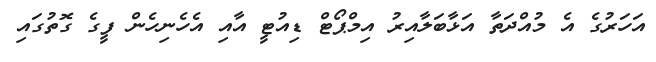
އަހަރުގެ އެ މުއްދަތާ އަޅާބަލާއިރު އިމްޕޯޓް ޑިއުޓީ އާއި އެހެނިހެން ފީގެ ގޮތުގައި